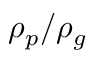
\rho _ { p } / \rho _ { g }